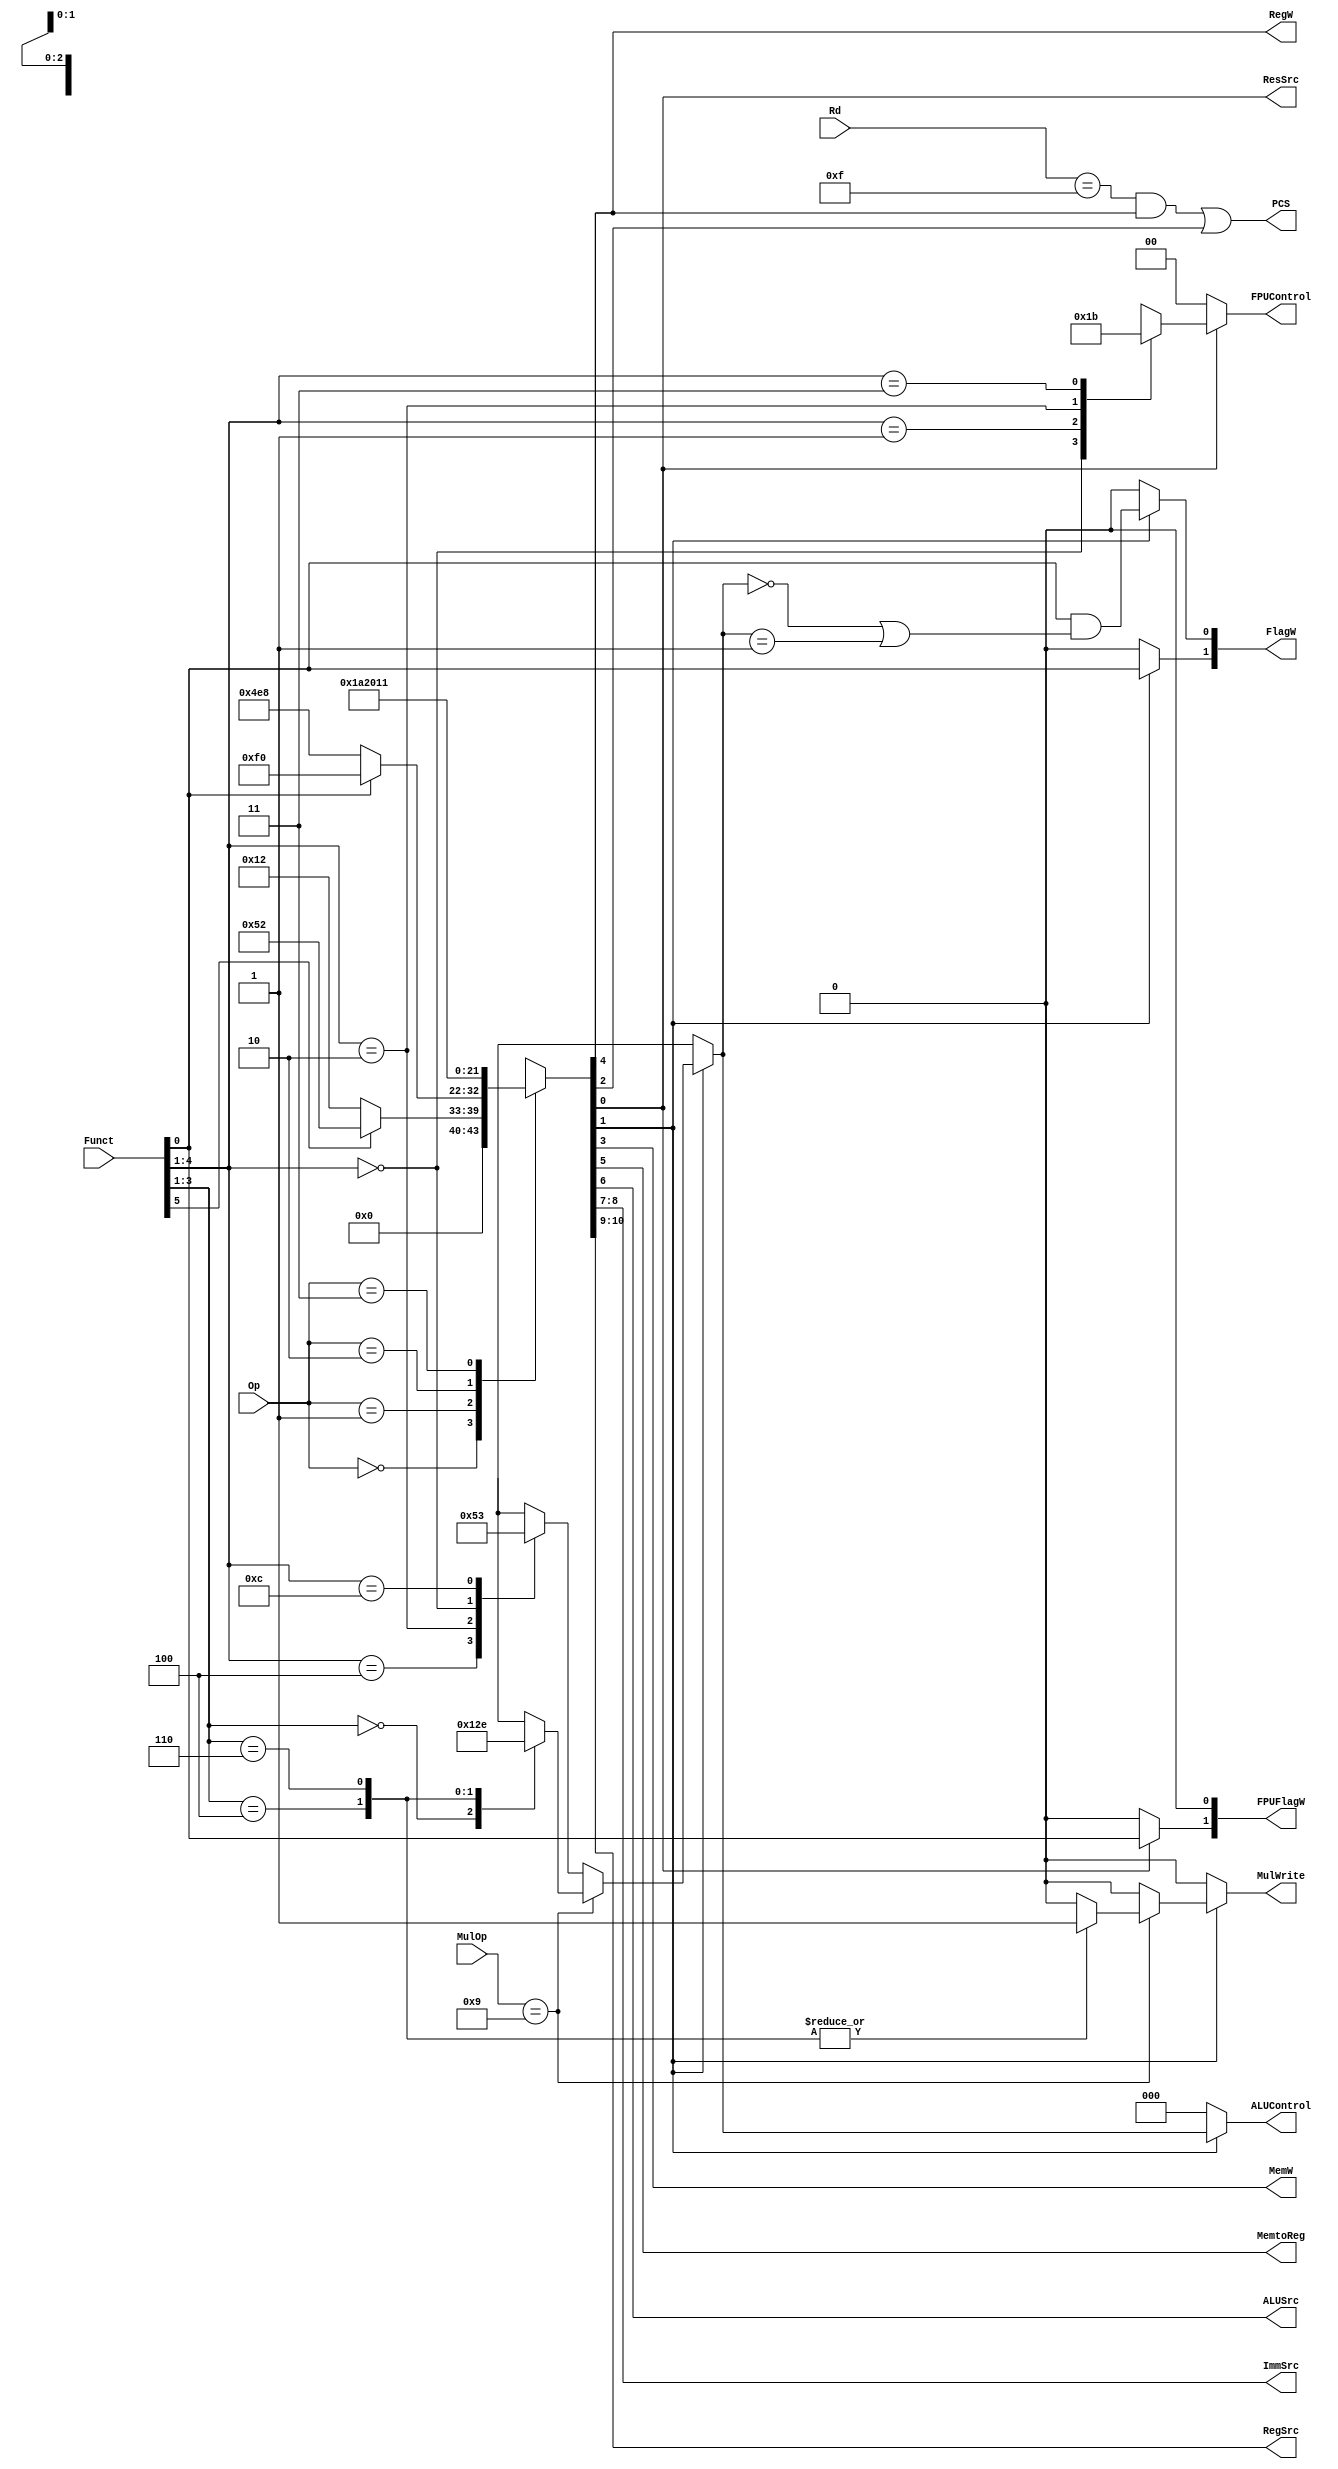
module decode (
	Op,
	Funct,
	Rd,
	MulOp,
	FlagW,
	PCS,
	RegW,
	MemW,
	MemtoReg,
	ALUSrc,
	ImmSrc,
	RegSrc,
	ALUControl,
	FPUControl,
	ResSrc,
	FPUFlagW,
	MulWrite
);
	input wire [1:0] Op;
	input wire [5:0] Funct;
	input wire [3:0] Rd;
	input wire [3:0] MulOp;
	output reg [1:0] FlagW;
	output wire PCS;
	output wire RegW;
	output wire MemW;
	output wire MemtoReg;
	output wire ALUSrc;
	output wire [1:0] ImmSrc;
	output wire [1:0] RegSrc;
	output reg [2:0] ALUControl;
	output reg [1:0] FPUControl;
	output wire ResSrc;
	output reg [1:0] FPUFlagW;
	output reg MulWrite;
	reg [10:0] controls;
	wire Branch;
	wire ALUOp;
	always @(*)
		casex (Op)
			2'b00:
				if (Funct[5])
					controls = 11'b00001010010;
				else
					controls = 11'b00000010010;
			2'b01:
				if (Funct[0])
					controls = 11'b00011110000;
				else
					controls = 11'b10011101000;
			2'b10: controls = 11'b01101000100;
			2'b11: controls = 11'b00000010001;
			default: controls = 11'bxxxxxxxxxxx;
		endcase
	assign {RegSrc, ImmSrc, ALUSrc, MemtoReg, RegW, MemW, Branch, ALUOp, ResSrc} = controls;
	always @(*)
		if (ALUOp) begin
			if (MulOp == 4'b1001) begin
				case (Funct[3:1])
					3'b000: begin
						ALUControl = 3'b100;
						MulWrite = 1'b0;
					end
					3'b100: begin
						ALUControl = 3'b101;
						MulWrite = 1'b1;
					end
					3'b110: begin
						ALUControl = 3'b110;
						MulWrite = 1'b1;
					end					
					default: begin
						ALUControl = 3'bxxx;
						MulWrite = 1'b0;
					end
				endcase
				
			end
			else begin
				case (Funct[4:1])
					4'b0100: ALUControl = 3'b000;
					4'b0010: ALUControl = 3'b001;
					4'b0000: ALUControl = 3'b010;
					4'b1100: ALUControl = 3'b011;
					default: ALUControl = 3'bxxx;
				endcase
				MulWrite = 1'b0;
			end
			FlagW[1] = Funct[0];
			FlagW[0] = Funct[0] & ((ALUControl == 3'b000) | (ALUControl == 3'b001));
		end
		else begin
			ALUControl = 3'b000;
			FlagW = 2'b00;
			MulWrite = 1'b0;
		end
	assign PCS = ((Rd == 4'b1111) & RegW) | Branch;
	
	always @(*)
		if (ResSrc) begin
			case (Funct[4:1])
				4'b0000: FPUControl = 2'b00;
				4'b0001: FPUControl = 2'b01;
				4'b0010: FPUControl = 2'b10;
				4'b0011: FPUControl = 2'b11;
				default: FPUControl = 2'bxx;
			endcase
			FPUFlagW[1] = Funct[0];
			FPUFlagW[0] = 1'b0;
		end
		else begin
			FPUControl = 2'b00;
			FPUFlagW = 2'b00;
		end
endmodule